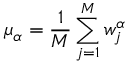
\mu _ { \alpha } = \frac { 1 } { M } \sum _ { j = 1 } ^ { M } w _ { j } ^ { \alpha }